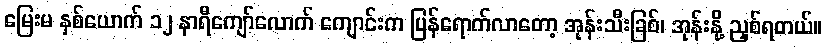
မြေးမ နှစ်ယောက် ၁၂ နာရီကျော်လောက် ကျောင်းက ပြန်ရောက်လာတော့ အုန်းသီးခြစ်၊ အုန်းနို့ ညှစ်ရတယ်။